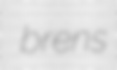
brens